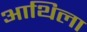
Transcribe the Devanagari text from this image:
आथिला